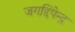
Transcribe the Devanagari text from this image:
जगद्दिपेन्द्र